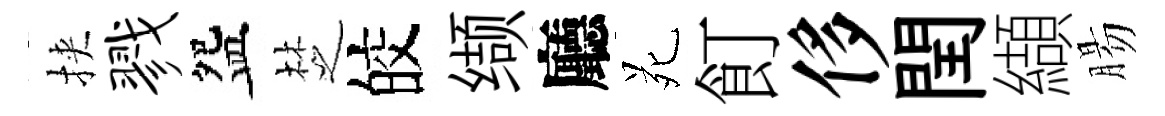
挾戮盌椘皎缬廳苑飣侈閏纈腸